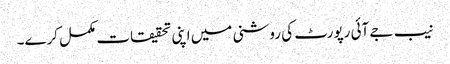
نیب جے آئی رپورٹ کی روشنی میں اپنی تحقیقات مکمل کرے۔